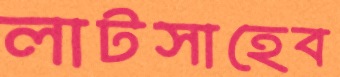
লাটসাহেব